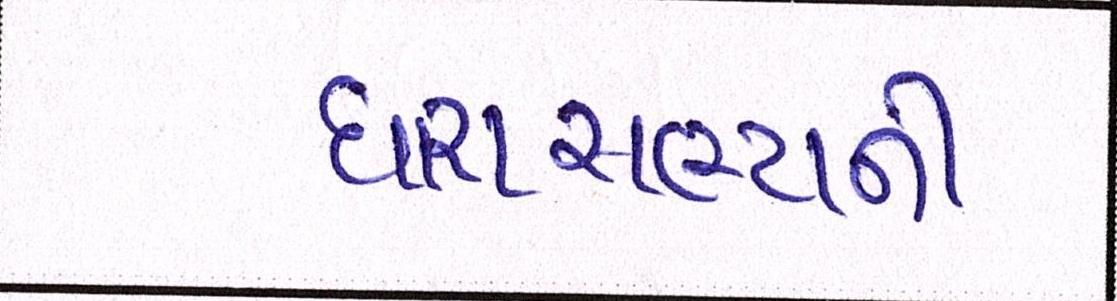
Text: ધારાસભ્યની